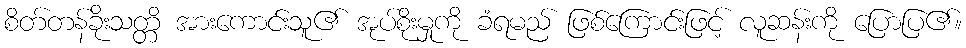
စိတ်တန်ခိုးသတ္တိ အားကောင်းသူ၏ အုပ်စိုးမှုကို ခံရမည် ဖြစ်ကြောင်းဖြင့် လူဆန်းကို ပြောပြ၏။